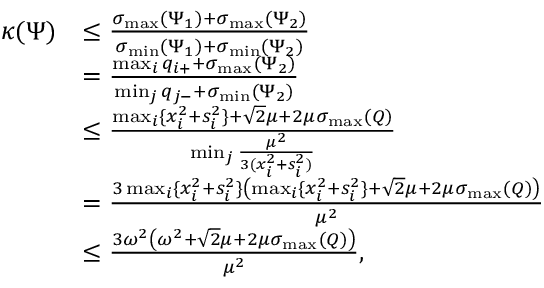
\begin{array} { r l } { \kappa ( \Psi ) } & { \leq \frac { \sigma _ { \operatorname* { m a x } } ( \Psi _ { 1 } ) + \sigma _ { \operatorname* { m a x } } ( \Psi _ { 2 } ) } { \sigma _ { \operatorname* { m i n } } ( \Psi _ { 1 } ) + \sigma _ { \operatorname* { m i n } } ( \Psi _ { 2 } ) } } \\ & { = \frac { \operatorname* { m a x } _ { i } q _ { i + } + \sigma _ { \operatorname* { m a x } } ( \Psi _ { 2 } ) } { \operatorname* { m i n } _ { j } q _ { j - } + \sigma _ { \operatorname* { m i n } } ( \Psi _ { 2 } ) } } \\ & { \leq \frac { \operatorname* { m a x } _ { i } \{ x _ { i } ^ { 2 } + s _ { i } ^ { 2 } \} + \sqrt { 2 } \mu + 2 \mu \sigma _ { \operatorname* { m a x } } ( Q ) } { \operatorname* { m i n } _ { j } \frac { \mu ^ { 2 } } { 3 ( x _ { i } ^ { 2 } + s _ { i } ^ { 2 } ) } } } \\ & { = \frac { 3 \operatorname* { m a x } _ { i } \{ x _ { i } ^ { 2 } + s _ { i } ^ { 2 } \} \left( \operatorname* { m a x } _ { i } \{ x _ { i } ^ { 2 } + s _ { i } ^ { 2 } \} + \sqrt { 2 } \mu + 2 \mu \sigma _ { \operatorname* { m a x } } ( Q ) \right) } { \mu ^ { 2 } } } \\ & { \leq \frac { 3 \omega ^ { 2 } \left( \omega ^ { 2 } + \sqrt { 2 } \mu + 2 \mu \sigma _ { \operatorname* { m a x } } ( Q ) \right) } { \mu ^ { 2 } } , } \end{array}